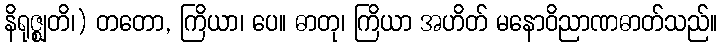
နိရုဇ္ဈတိ၊) တတော, ကြိယာ၊ ပေ။ ဓာတု၊ ကြိယာ အဟိတ် မနောဝိညာဏဓာတ်သည်။